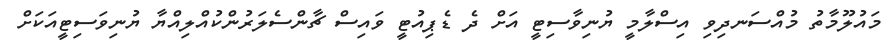
މައުލޫމާތު މުއްސަނދިވި އިސްލާމީ ޔުނިވާސިޓީ އަށް ދެ ޑެޕިއުޓީ ވައިސް ޗާންސެލަރުންކުއްލިއްޔާ ޔުނިވަސިޓީއަކަށް